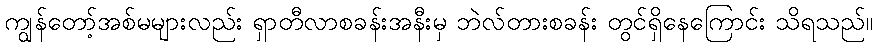
ကျွန်တော့်အစ်မများလည်း ရှာတီလာစခန်းအနီးမှ ဘဲလ်တားစခန်း တွင်ရှိနေကြောင်း သိရသည်။